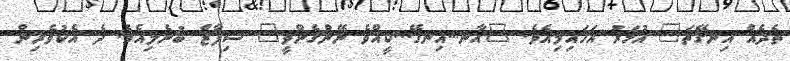
ތެދެއް އިނގޭތަ" އުމަރު އަހައިލިއެވެ. "އާނ...އިނގޭ...ކީއްވެ ނޭންގެންވީ" ޝިފާޒް ބުނެލިއެވެ. ދެ އެކުވެރިން